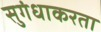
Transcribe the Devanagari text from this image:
सुगंधाकरता